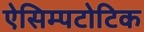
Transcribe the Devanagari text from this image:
ऐसिम्पटोटिक